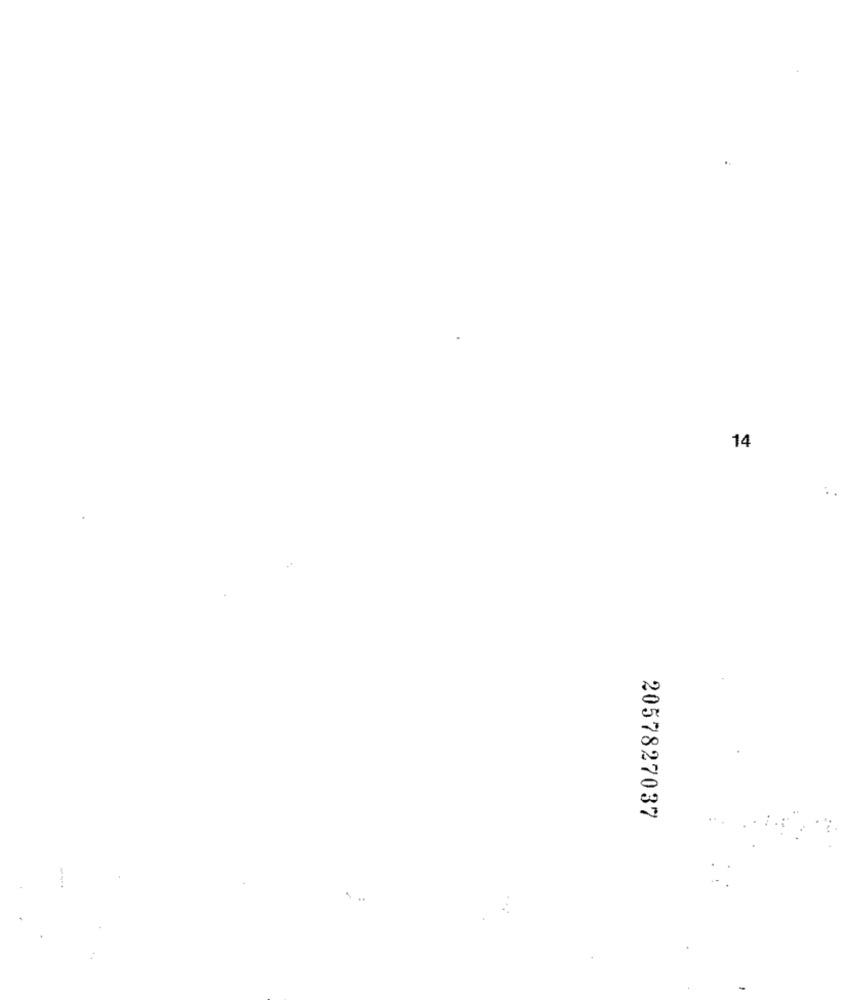
14
2057827037
..